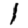
Digit: 1